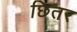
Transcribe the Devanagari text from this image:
छितर